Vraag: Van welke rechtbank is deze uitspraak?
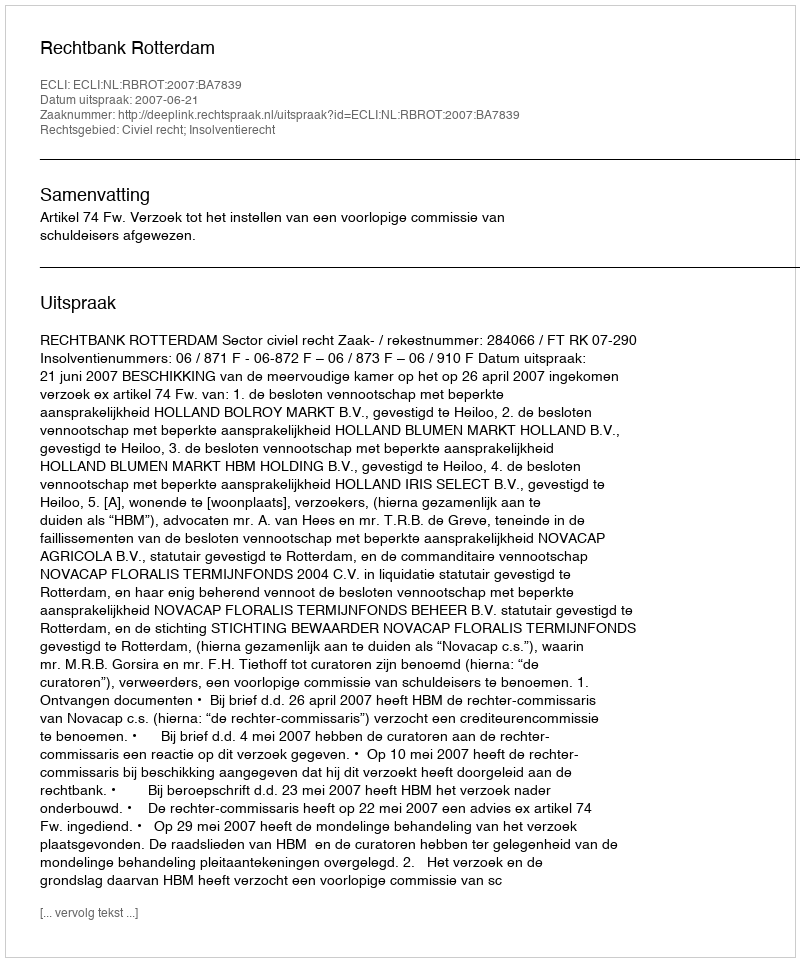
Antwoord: Rechtbank Rotterdam